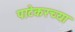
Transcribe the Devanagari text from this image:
पाटेकरच्या